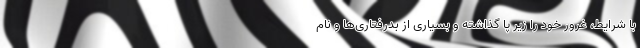
با شرایط، غرور خود را زیر پا گذاشته و بسیاری از بدرفتاری‌ها و نام